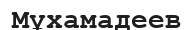
Мұхамадеев